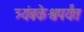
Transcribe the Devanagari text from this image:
त्र्यंबकेश्वपर्यंत